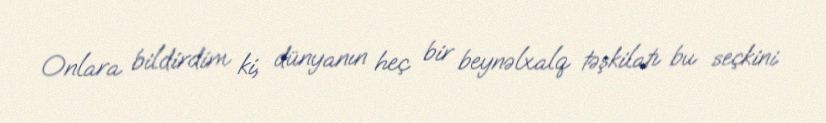
Onlara bildirdim ki, dünyanın heç bir beynəlxalq təşkilatı bu seçkini